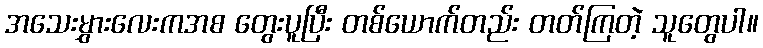
အသေးမွှားလေးကအစ တွေးပူပြီး တစ်ယောက်တည်း တတ်ကြတဲ့ သူတွေပါ။